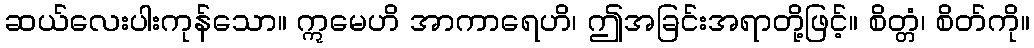
ဆယ်လေးပါးကုန်သော။ ဣမေဟိ အာကာရေဟိ၊ ဤအခြင်းအရာတို့ဖြင့်။ စိတ္တံ၊ စိတ်ကို။